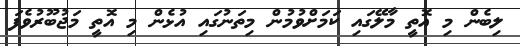
ލިބެން މި އޮތީ މާލޭގައި ކަމަށްވުމުން މިތަނުގައި އުޅެން މި އޮތީ މަޖުބޫރުވެފަ